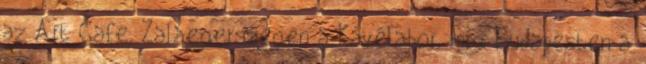
az Art Cafe, Zalaegerszegen a Kávélabor, míg Budapesten a